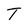
Character: T